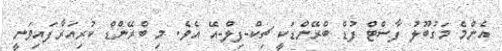
އެންމެ މަގުބޫލު ފާސްޓް ފުޑް ބްރޭންޑަކީ ޗިކް-ފިލް-އޭ އެވެ. މި ބްރޭންޑް ކުރިއަރާފައިވަނީ